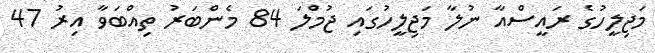
މަޖިލީހުގެ ރައީސްއާ ނުލާ މަޖިލީހުގައި ޖުމްލަ 84 މެންބަރު ތިއްބަވާ އިރު 47